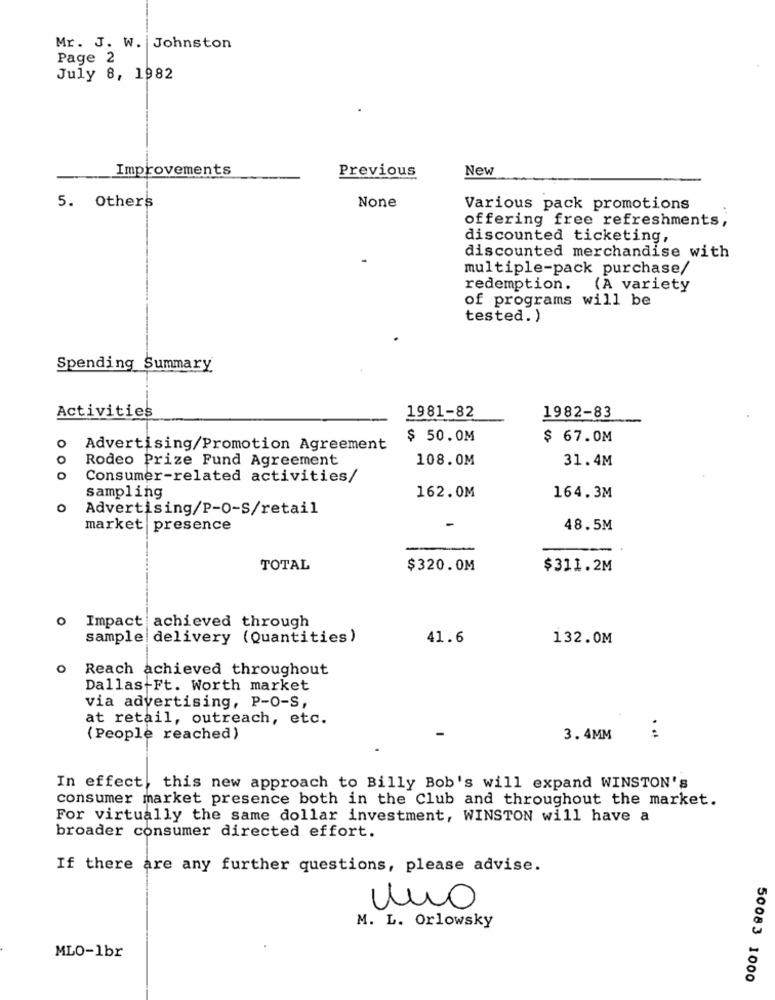
Mr. J. W. Johnston
Page 2
July 8, 1982
Improvements
Previous
New
5. Others
Various pack promotions
offering free refreshments,
discounted ticketing,
discounted merchandise with
multiple-pack purchase/
redemption. (A variety
of programs will be
tested. )
Spending Summary
Activities
1981-82
1982-83
$ 50.0M
$ 67.0M
o
Advertising/Promotion Agreement
O
Rodeo Prize Fund Agreement
108.0M
31.4M
O
Consumer-related activities/
sampling
162.0M
164.3M
O
Advertising/P-O-S/retail
-
market presence
48.5M
TOTAL
$320.0M
$311.2M
O
Impact achieved through
sample delivery (Quantities)
41.6
132.0M
O
Reach achieved throughout
Dallas-Ft. Worth market
via advertising, P-O-S,
at retail, outreach, etc.
(People reached)
3.4MM
. ..
In effect, this new approach to Billy Bob's will expand WINSTON'S
consumer market presence both in the Club and throughout the market.
For virtually the same dollar investment, WINSTON will have a
broader consumer directed effort.
If there are any further questions, please advise.
uno
M. L. Orlowsky
MLO-1br
50083 1000